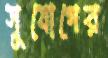
সুযোগের